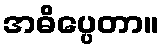
အဓိပ္ပေတာ။